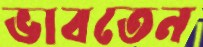
ভাবতেন